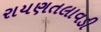
રાયણતલાવડી